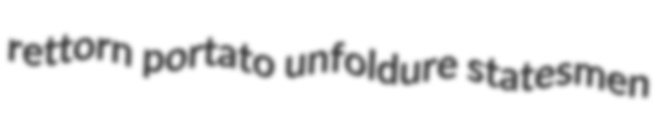
rettorn portato unfoldure statesmen